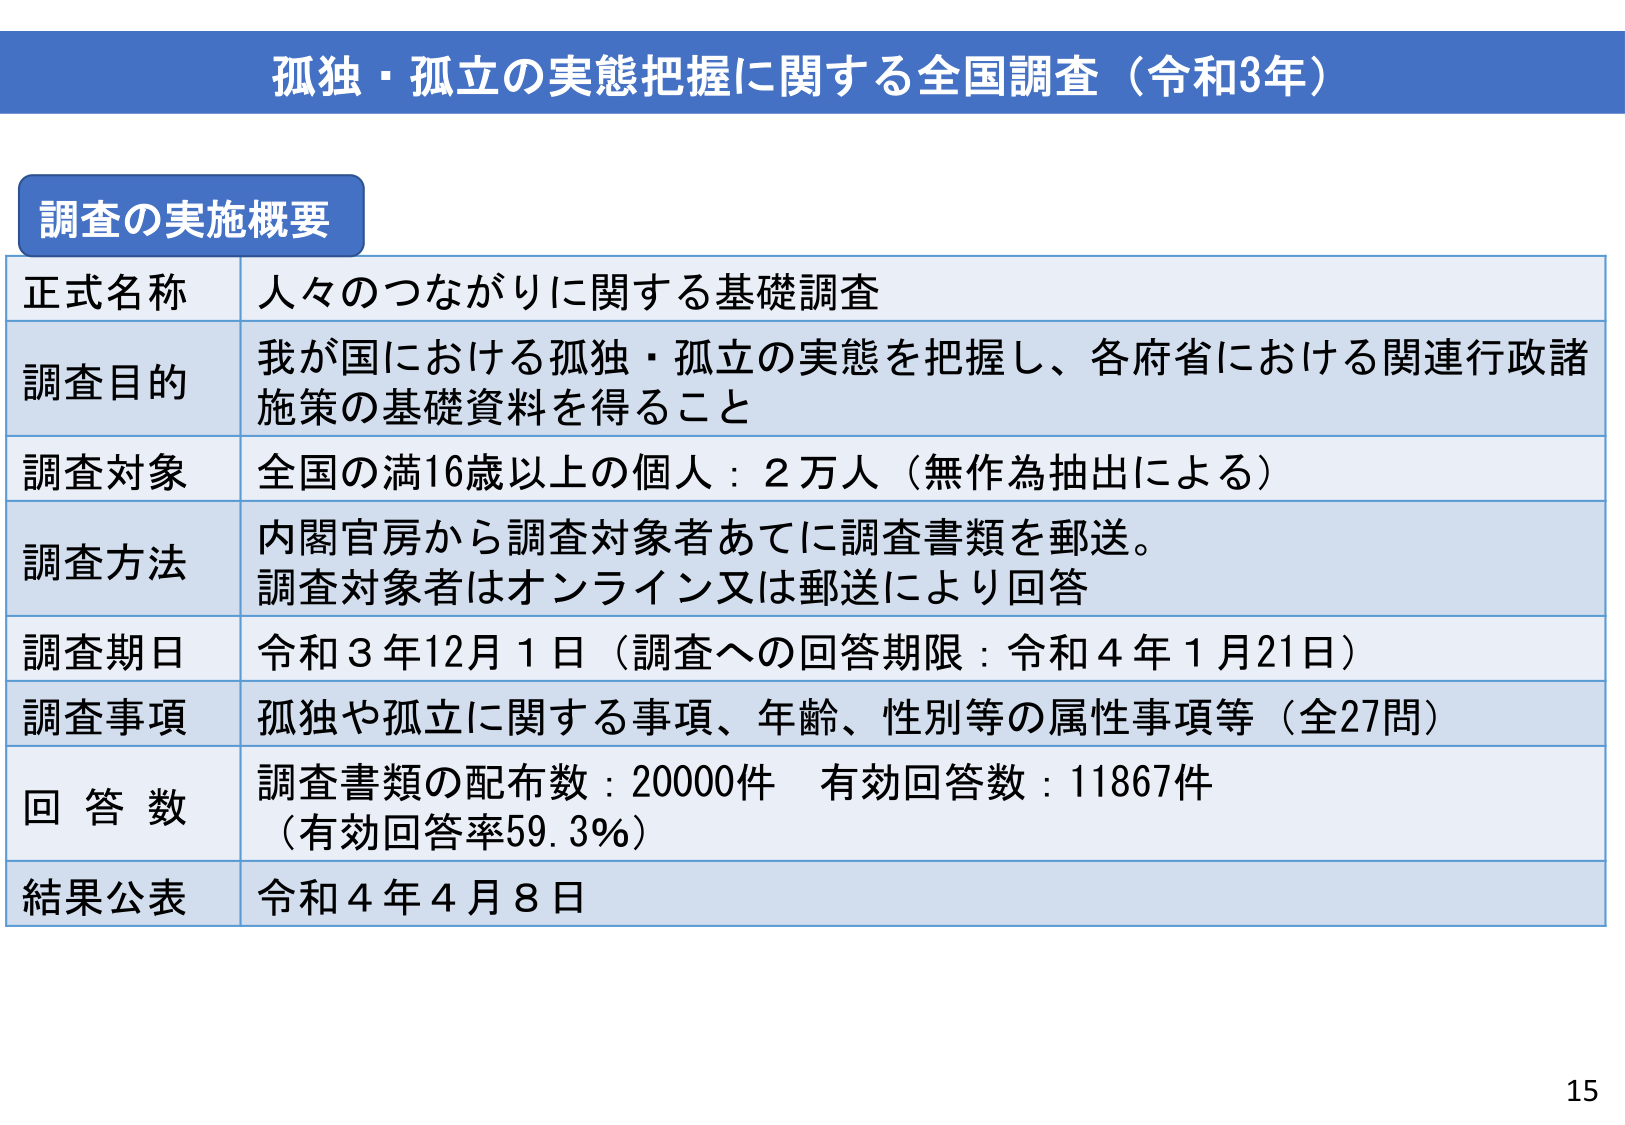
孤独・孤立の実態把握に関する全国調査（令和3年）

調査の実施概要

正式名称　人々のつながりに関する基礎調査

調査目的　我が国における孤独・孤立の実態を把握し、各府省における関連行政諸施策の基礎資料を得ること

調査対象　全国の満16歳以上の個人：2万人（無作為抽出による）

調査方法　内閣官房から調査対象者あてに調査書類を郵送。調査対象者はオンライン又は郵送により回答

調査期日　令和3年12月1日（調査への回答期限：令和4年1月21日）

調査事項　孤独や孤立に関する事項、年齢、性別等の属性事項等（全27問）

回答数　調査書類の配布数：20000件　有効回答数：11867件（有効回答率59.3％）

結果公表　令和4年4月8日

15